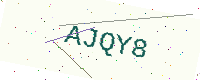
Text: AJQY8